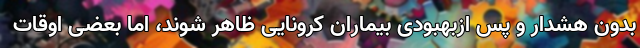
بدون هشدار و پس ازبهبودی بیماران کرونایی ظاهر شوند، اما بعضی اوقات